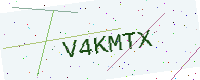
Text: V4KMTX